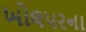
ખોલપરના